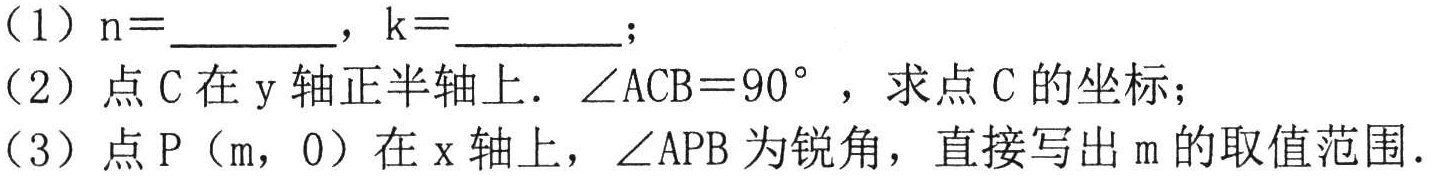
（1）\(n = \underline{\quad\quad}\)，\(k = \underline{\quad\quad}\)；
（2）点\(C\)在\(y\)轴正半轴上. \(\angle ACB = 90^{\circ}\)，求点\(C\)的坐标；
（3）点\(P(m,0)\)在\(x\)轴上，\(\angle APB\)为锐角，直接写出\(m\)的取值范围.